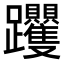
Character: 𨈍